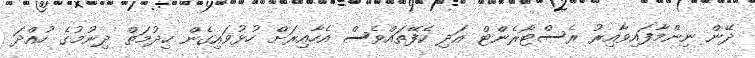
ދޭން ނިންމާފައިވާއިރު ރެސްޓޯރެންޓް އަދި ކެފޭތައްވެސް އެހާއިރަށް ހުޅުވައިގެން ހިދުމަތް ދިނުމުގެ ހުއްދަ